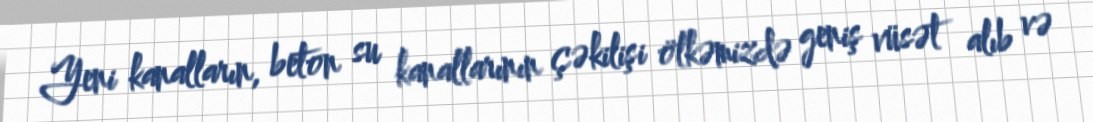
Yeni kanalların, beton su kanallarının çəkilişi ölkəmizdə geniş vüsət alıb və